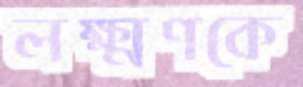
লক্ষ্মণকে